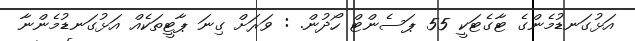
އަޅުގަނޑުމެންގެ ޓާގެޓަކީ 55 ޕަސެންޓް ހޯދުން. : ވަރަށް ގިނަ ޕާޓީތަކެއް އަޅުގަނޑުމެންނާ